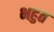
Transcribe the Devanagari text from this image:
भहुत